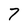
Character: 7